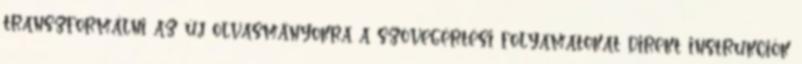
transzformálni az új olvasmányokra a szövegértési folyamatokat direkt instrukciók